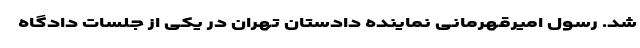
شد. رسول امیرقهرمانی نماینده دادستان تهران در یکی از جلسات دادگاه